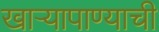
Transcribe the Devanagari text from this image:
खार्‍यापाण्याची